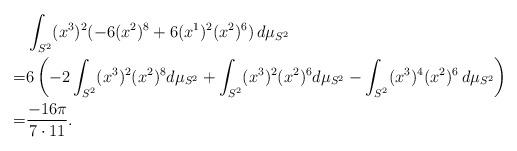
LaTeX: \begin{align*}& \int_{S^2}(x^3)^2(-6(x^2)^8+6(x^1)^2 (x^2)^6)\,d\mu_{S^2}\\=&6\left(-2\int_{S^2} (x^3)^2 (x^2)^8d\mu_{S^2}+\int_{S^2} (x^3)^2 (x^2)^6d\mu_{S^2}-\int_{S^2} (x^3)^4 (x^2)^6 \,d\mu_{S^2}\right)\\= &\frac{-16 \pi}{7\cdot 11}.\end{align*}